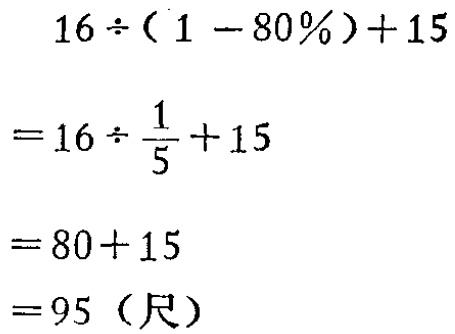
\[

\begin{align*}

&16\div(1 - 80\%)+15\\

=&16\div\frac{1}{5}+15\\

=&80 + 15\\

=&95（\text{尺}）

\end{align*}

\]